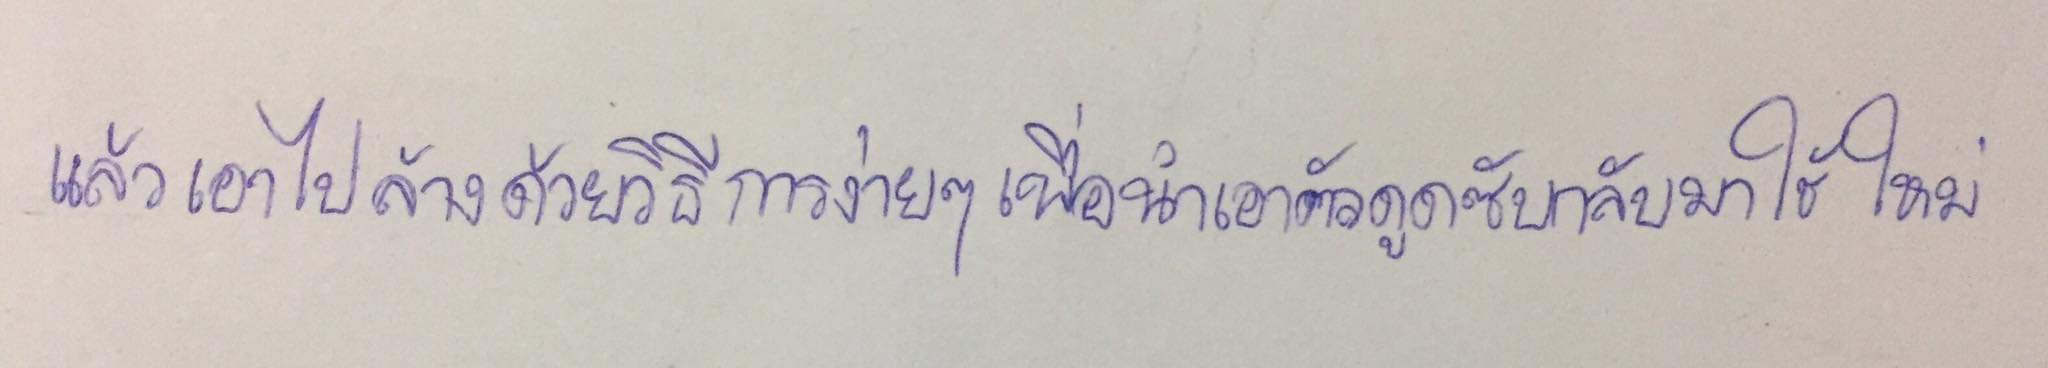
แล้วเอาไปล้างด้วยวิธีการง่ายๆเพื่อนำเอาตัวดูดซับกลับมาใช้ใหม่